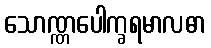
သောဏ္ဏပေါက္ခရမာလဓာ